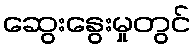
ဆွေးနွေးမှုတွင်